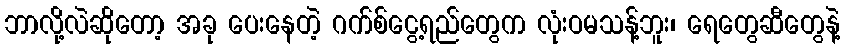
ဘာလို့လဲဆိုတော့ အခု ပေးနေတဲ့ ဂက်စ်ငွေ့ရည်တွေက လုံးဝမသန့်ဘူး၊ ရေတွေဆီတွေနဲ့